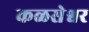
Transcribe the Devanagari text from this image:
कळसेश्वर